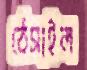
ঠেসাইল